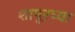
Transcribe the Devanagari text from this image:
शापूरच्या